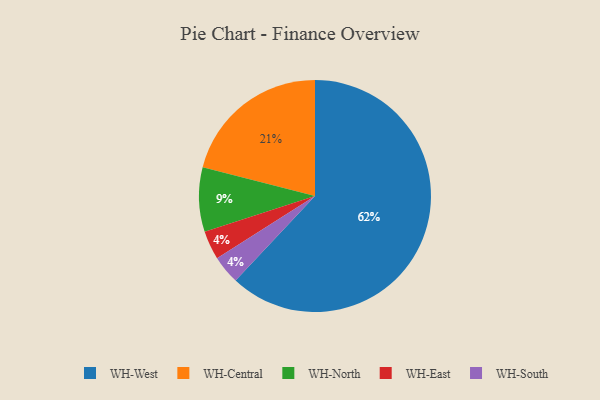
{"axis": {"x": "Category", "y": "Percentage"}, "legend": ["WH-Central", "WH-East", "WH-North", "WH-South", "WH-West"], "data": [{"x": "WH-East", "y": 4, "type": "WH-East"}, {"x": "WH-Central", "y": 21, "type": "WH-Central"}, {"x": "WH-West", "y": 62, "type": "WH-West"}, {"x": "WH-South", "y": 4, "type": "WH-South"}, {"x": "WH-North", "y": 9, "type": "WH-North"}]}